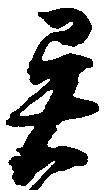
異